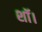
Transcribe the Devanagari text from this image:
शॉ।